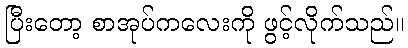
ပြီးတော့ စာအုပ်ကလေးကို ဖွင့်လိုက်သည်။